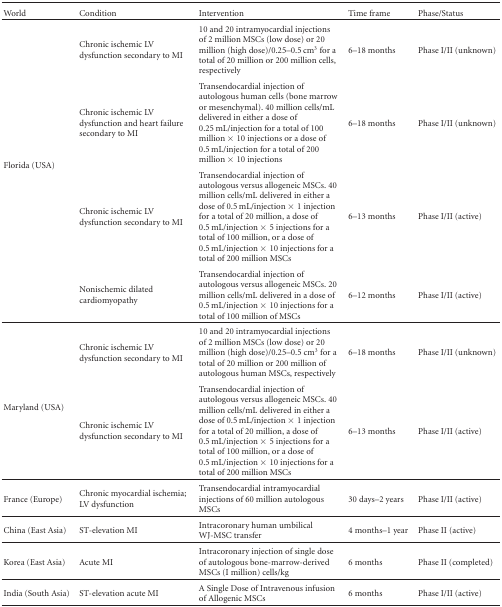
<table><thead><tr><td><b>World</b></td><td><b> Condition</b></td><td><b>Intervention</b></td><td><b>Time frame</b></td><td><b>Phase/Status</b></td></tr></thead><tbody><tr><td rowspan="4">Florida (USA)</td><td>Chronic ischemic LV dysfunction secondary to MI</td><td>10 and 20 intramyocardial injections of 2 million MSCs (low dose) or 20 million (high dose)/0.25–0.5 cm<sup>3</sup> for a total of 20 million or 200 million cells, respectively</td><td>6–18 months</td><td>Phase I/II (unknown)</td></tr><tr><td>Chronic ischemic LV dysfunction and heart failure secondary to MI</td><td>Transendocardial injection of autologous human cells (bone marrow or mesenchymal). 40 million cells/mL delivered in either a dose of 0.25 mL/injection for a total of 100 million ×10 injections or a dose of 0.5 mL/injection for a total of 200 million ×10 injections</td><td>6–18 months</td><td>Phase I/II (unknown)</td></tr><tr><td>Chronic ischemic LV dysfunction secondary to MI</td><td>Transendocardial injection of autologous versus allogeneic MSCs. 40 million cells/mL delivered in either a dose of 0.5 mL/injection ×1 injection for a total of 20 million, a dose of 0.5 mL/injection ×5 injections for a total of 100 million, or a dose of 0.5 mL/injection ×10 injections for a total of 200 million MSCs</td><td>6–13 months</td><td>Phase I/II (active)</td></tr><tr><td>Nonischemic dilated cardiomyopathy</td><td>Transendocardial injection of autologous versus allogeneic MSCs. 20 million cells/mL delivered in a dose of 0.5 mL/injection ×10 injections for a total of 100 million of MSCs</td><td>6–12 months</td><td>Phase I/II (active)</td></tr><tr><td rowspan="2">Maryland (USA)</td><td>Chronic ischemic LV dysfunction secondary to MI</td><td>10 and 20 intramyocardial injections of 2 million MSCs (low dose) or 20 million (high dose)/0.25–0.5 cm<sup>3</sup> for a total of 20 million or 200 million of autologous human MSCs, respectively</td><td>6–18 months</td><td>Phase I/II (unknown)</td></tr><tr><td>Chronic ischemic LV dysfunction secondary to MI</td><td>Transendocardial injection of autologous versus allogeneic MSCs. 40 million cells/mL delivered in either a dose of 0.5 mL/injection ×1 injection for a total of 20 million, a dose of 0.5 mL/injection ×5 injections for a total of 100 million, or a dose of 0.5 mL/injection ×10 injections for a total of 200 million MSCs</td><td>6–13 months</td><td>Phase I/II (active)</td></tr><tr><td>France (Europe)</td><td>Chronic myocardial ischemia; LV dysfunction</td><td>Transendocardial intramyocardial injections of 60 million autologous MSCs</td><td>30 days–2 years</td><td>Phase I/II (active) </td></tr><tr><td>China (East Asia)</td><td>ST-elevation MI</td><td>Intracoronary human umbilical WJ-MSC transfer</td><td>4 months–1 year</td><td>Phase II (active) </td></tr><tr><td>Korea (East Asia)</td><td>Acute MI</td><td>Intracoronary injection of single dose of autologous bone-marrow-derived MSCs (I million) cells/kg</td><td>6 months</td><td>Phase II (completed) </td></tr><tr><td>India (South Asia)</td><td>ST-elevation acute MI</td><td>A Single Dose of Intravenous infusion of Allogenic MSCs</td><td>6 months</td><td>Phase I/II (active)</td></tr></tbody></table>